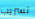
تسريب